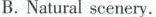
B. Natural scenery.